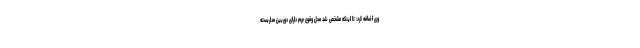
وی اضافه کرد: تا اینکه مشخص شد محل وقوع جرم دارای دوربین مداربسته